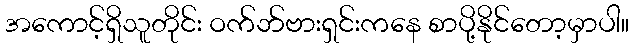
အကောင့်ရှိသူတိုင်း ဝက်ဘ်ဗားရှင်းကနေ စာပို့နိုင်တော့မှာပါ။